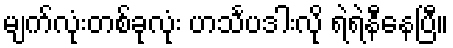
မျက်လုံးတစ်ခုလုံး ဟင်္သပဒါးလို ရဲရဲနီနေပြီ။